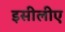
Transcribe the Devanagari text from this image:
इसीलीए